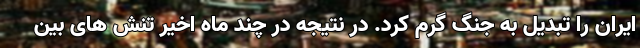
ایران را تبدیل به جنگ گرم کرد. در نتیجه در چند ماه اخیر تنش های بین